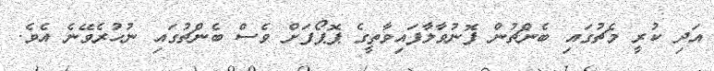
އަދި ކުރީ މެޗުގައި ބެންޗުން ފޮނުވާލާފައިވާތީގެ ޕޮޕޯފަށް ވެސް ބެންޗުގައި ނުހުރެވޭނެ އެވެ.